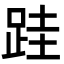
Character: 跬